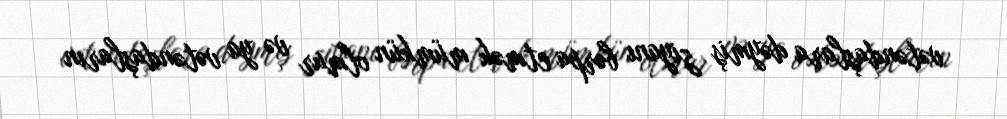
vətəndaşlara dəymiş ziyanı bərpa etmək mümkün olmur və ya vətəndaşların